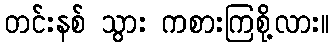
တင်းနစ် သွား ကစားကြစို့လား။